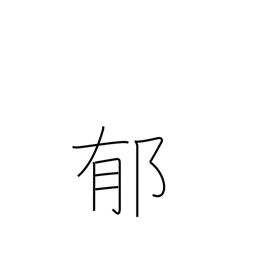
Meaning: perfume